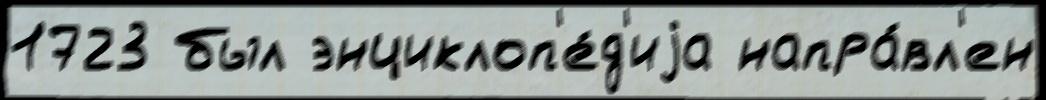
1723 был энциклоп'е́д'иjа напра́вл'ен